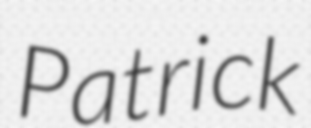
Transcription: Patrick